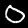
Label: 0